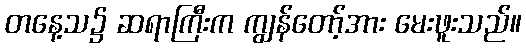
တနေ့သ၌ ဆရာကြီးက ကျွန်တော့်အား မေးဖူးသည်။